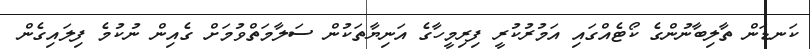
ކަނޑަން ތާލިބާނުންގެ ކޯޓެއްގައި އަމުރުކުރީ ފިރިމީހާގެ އަނިޔާތަކުން ސަލާމަތްވުމަށް ގެއިން ނުކުމެ ފިލައިގެން